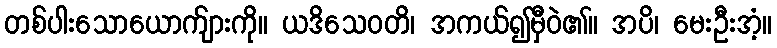
တစ်ပါးသောယောက်ျားကို။ ယဒိသေဝတိ၊ အကယ်၍မှီဝဲ၏။ အပိ၊ မေးဦးအံ့။